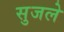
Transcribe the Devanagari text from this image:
सुजले